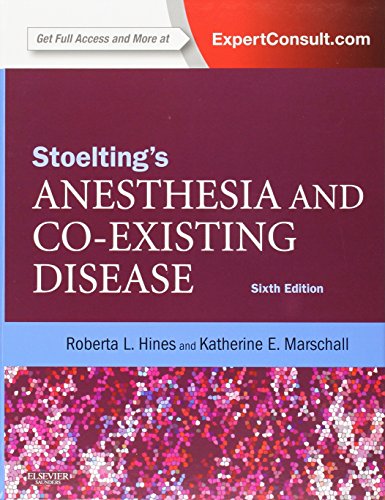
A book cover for Stoelting's Anesthesia and Co-Existing Disease, 6e; Roberta L. Hines MD; Medical Books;